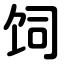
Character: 饲